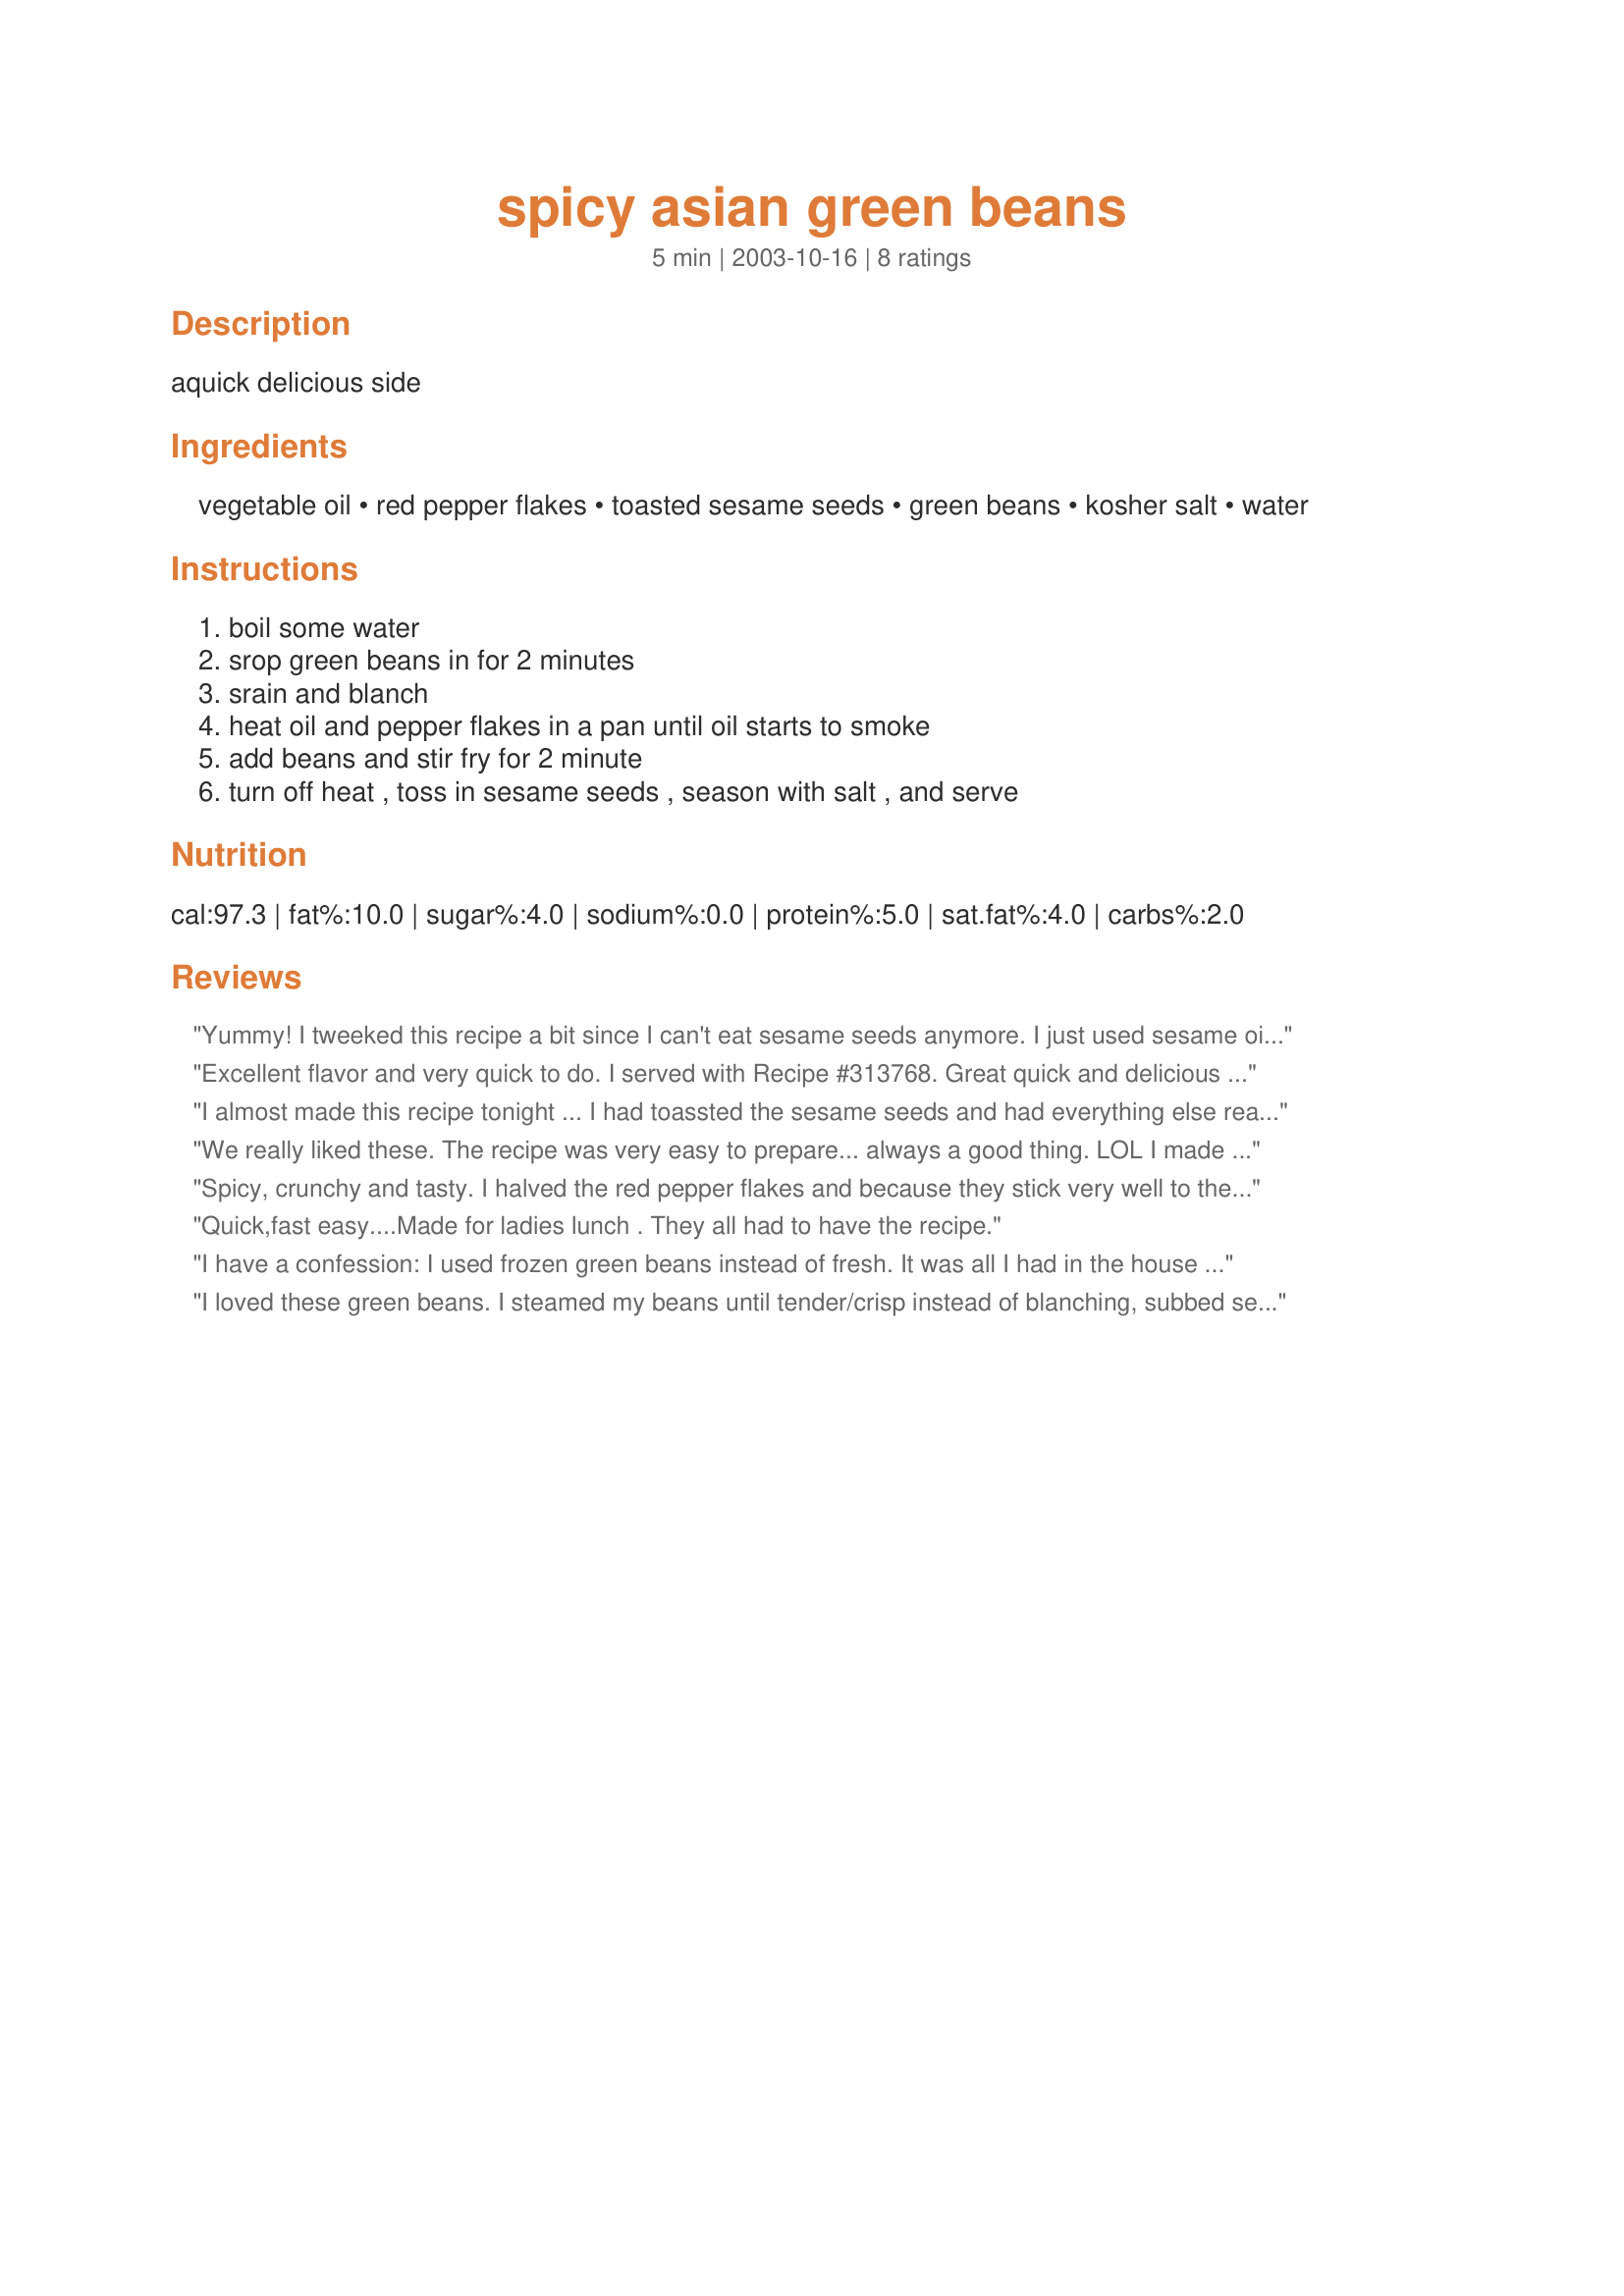
spicy asian green beans
Preparation time: 5 minutes

aquick delicious side

Ingredients:
vegetable oil, red pepper flakes, toasted sesame seeds, green beans, kosher salt, water

Steps:
boil some water, srop green beans in for 2 minutes, srain and blanch, heat oil and pepper flakes in a pan until oil starts to smoke, add beans and stir fry for 2 minute, turn off heat , toss in sesame seeds , season with salt , and serve

Reviews:
Yummy! I tweeked this recipe a bit since I can't eat sesame seeds anymore.
I just used sesame oil!
It was delicious!
Thanks for posting.
Excellent flavor and very quick to do. I served with Recipe #313768. Great quick and delicious meal.
I almost made this recipe tonight ... I had toassted the sesame seeds and had everything else ready to go when I discovered that I was out of green beans. So I substituted a package of frozen stir fry vegetables, halveing the red pepper flakes andd adding a bit of sesame oil. It was quite good and went well with the Korean Pork Strips and brown rice. Now I think I should buy some green beans and try it again.
We really liked these. The recipe was very easy to prepare... always a good thing. LOL I made the recipe as written and the heat level was fine for our family. Thanks!
Spicy, crunchy and tasty. I halved the red pepper flakes and because they stick very well to the wet beans, we didn't miss a flake. Good thing I reduced the amount or they would have been too hot for us to handle. I recommend you add them gradually, tasting between additions.
Quick,fast easy....Made for ladies lunch . They all had to have the recipe.
I have a confession: I used frozen green beans instead of fresh. It was all I had in the house and desperate times call for desperate measures. I blanched them for two minutes and shocked them in cold water, as you directed. I used toasted sesame seed oil for the oil and substituted sliced almonds for the sesame seeds since I didn&#039;t have sesame seeds and it was DELICIOUS, SPICY, quick and easy. Thanks for posting! I will be making this again. Note: I tried broccoli recently, instead of green beans, and that was good too.
I loved these green beans. I steamed my beans until tender/crisp instead of blanching, subbed sesame oil for the veg oil, and slightly reduced the amount of pepper flakes. While the beans were steaming, I toasted my sesame seeds in a skillet. The sesame oil was added just before the beans, and I finished by sprinkling with the pepper flakes and kosher salt. The resulting veggie dish was had an incredible flavor. We loved this as a side to recipe #57790 Korean Pork Strips. Definitely a keeper.
